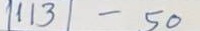
113 - 50